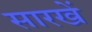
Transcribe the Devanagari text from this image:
सारखें